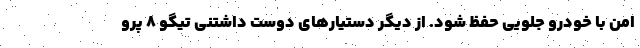
امن با خودرو جلویی حفظ شود. از دیگر دستیارهای دوست داشتنی تیگو 8 پرو